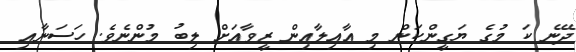
ދޭނެ ކަ މުގެ ޔަގީންކަން މި އާއިލާއިން ޒީވާއަށް ލިބު މުންނެވެ. ހަސަނާއި